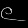
Digit: ၉